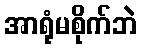
အာရုံမစိုက်ဘဲ